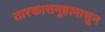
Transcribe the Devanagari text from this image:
तारकासमूहापासून